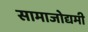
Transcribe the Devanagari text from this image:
सामाजोद्यमी